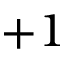
+ 1